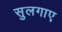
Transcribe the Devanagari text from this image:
सुलगाए